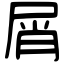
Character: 屑